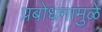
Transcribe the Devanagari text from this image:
प्रबोधनामुळे